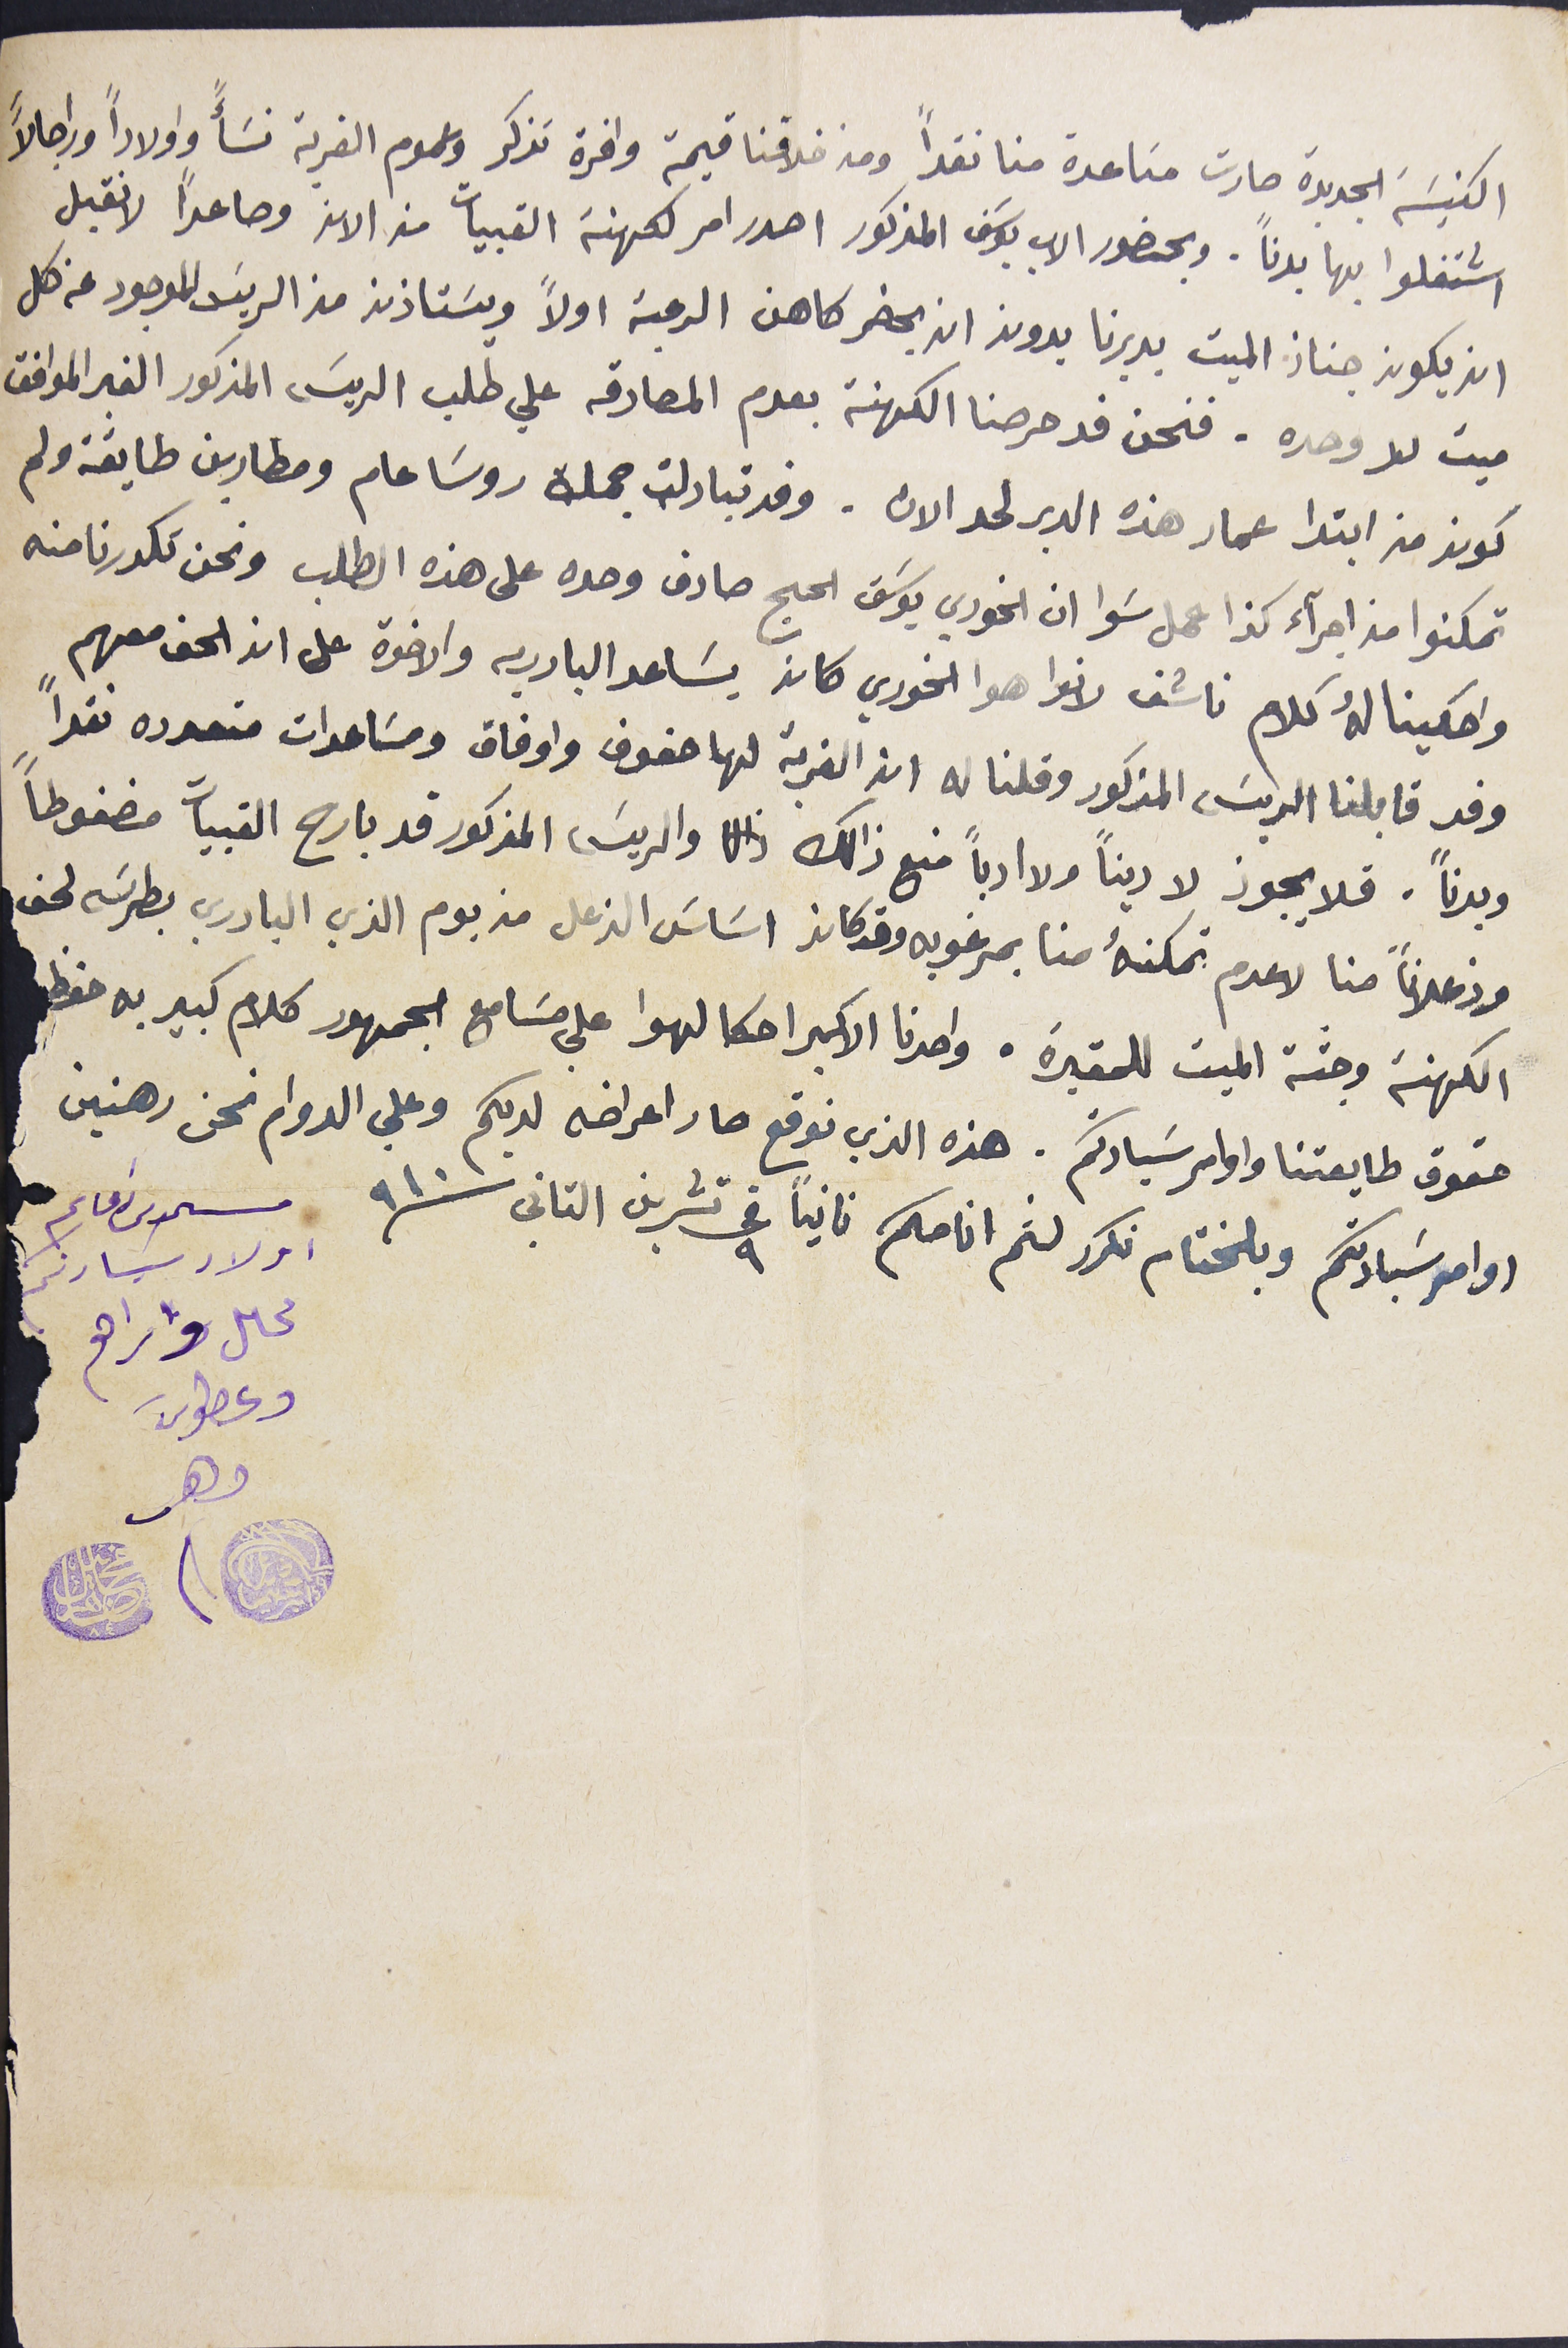
الكنيسَه الجديدة صارت مسَاعدة منا نقداً ومن خلافنا قيمة وافرة تذكر وعموم القربة نسَأً واولاداً وراجالاً
اشتغلوا بها بدناً. وبحضور الاب يوسَف المذكور اصدر امر لكهنة القبيات من الان وصاعداً لا نقبل
ان يكون جناز الميت بديرنا بدون ان يحضر كاهن الرعية اولاً ويسَتاذن من الريسَ الموجود عن كل
ميت لا وحده. فنحن قد حرصنا الكهنة بعدم المصادقه علي طلب الريسَ المذكور الغير الموافق
كونو من ابتدا عمار هذه الدير لحد الان. وقد تبادلت جملة روسَا عام ومطارين طايفة ولم
تمكنوا من اجرآء كذا عمل سَوا ان الخوري يوسَف الحج صادق وحده على هذه الطلب ونحن تكدرنا منه
واحكينا لهُ كلام ناشف لانوا هو الخوري كان يسَاعد البادريه والاخوة على ان الحق معهم
وفد قابلنا الربسَ المذكور وقلنا له ان القرية لها حقوق واوفاق ومسَاعدات متعدده نقداً
وبدنًا. فلا يجوز لا دينًا ولا ادباً منع ذلك والريسَ المذكور قد بارح القبيات مصغوطاً
وزعلاناً منا لاعدم تمكنهُ منا بمرغوبه وقد كان اسَاسَ الزعل من يوم الذي البادري بطرسَ لحق
الكهنة وجثة الميت للمقبرة. واحدنا الاكبر احكا لهوا على مسَامع الجمهور كلام كبير به حفظ
حقوق طايفتنا واوامر سَيادتكم. هذه الذي نوقع صار اعراضه لديكم وعلى الدوام نحن رهنين
مسىمد دعاكم اولاد سَيادتكم
اوامر سَيادتكم وبلختام نكرر لثم انامكم ثانياً فى ٩ تشرين الثاني سنة ١٩١٠
محاىل واىراهم
ضاهر